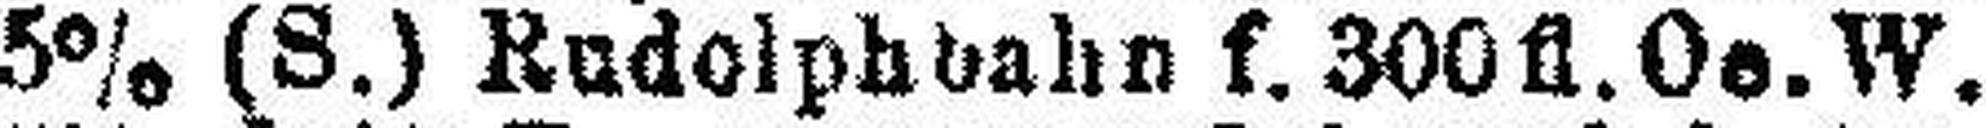
5% (S.) Rudolphbahn f. 300 fl. Oe. W.